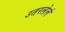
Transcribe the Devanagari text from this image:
उतरलेलं